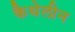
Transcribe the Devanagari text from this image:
कैथेलीन